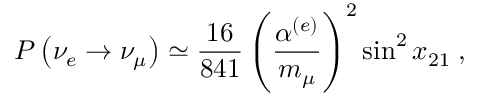
P \left( \nu _ { e } \rightarrow \nu _ { \mu } \right) \simeq \frac { 1 6 } { 8 4 1 } \left( \frac { \alpha ^ { ( e ) } } { m _ { \mu } } \right) ^ { 2 } \sin ^ { 2 } x _ { 2 1 } \; ,